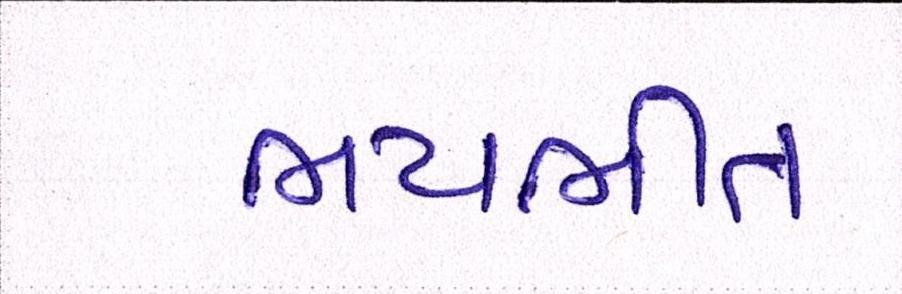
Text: ભયભીત